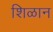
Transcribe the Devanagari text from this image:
शिळान